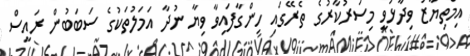
އިމްތިޔާޒު ވިދާޅުވީ މިސަރުކާރުގެ ތެރޭގައި ހިންގާފައިވާ ވިޔާ ނުދާ އަމަލުތަކުގެ ސަބަބުން ރައީސް